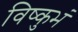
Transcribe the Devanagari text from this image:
विष्कुभं